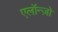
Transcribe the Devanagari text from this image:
एलॉन्ज़ो